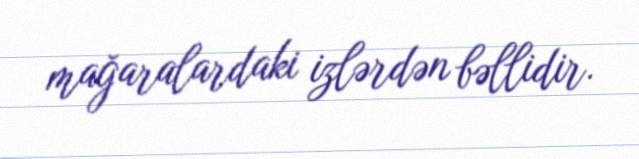
mağaralardaki izlərdən bəllidir.